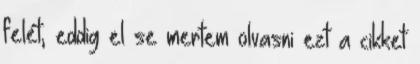
felét, eddig el se mertem olvasni ezt a cikket